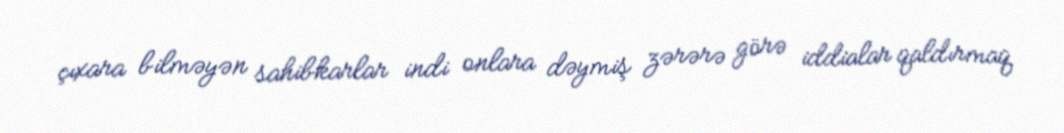
çıxara bilməyən sahibkarlar indi onlara dəymiş zərərə görə iddialar qaldırmaq